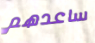
ساعدهم